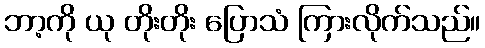
ဘာ့ကို ယု တိုးတိုး ပြောသံ ကြားလိုက်သည်။